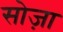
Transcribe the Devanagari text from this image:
सोज़ा